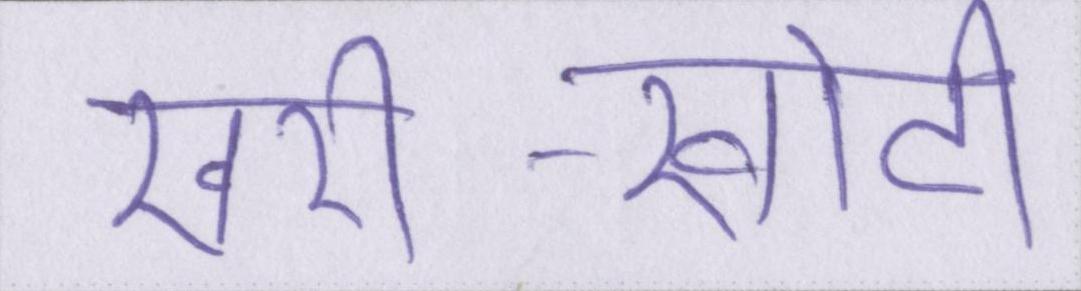
खरी-खोटी